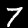
Label: 7